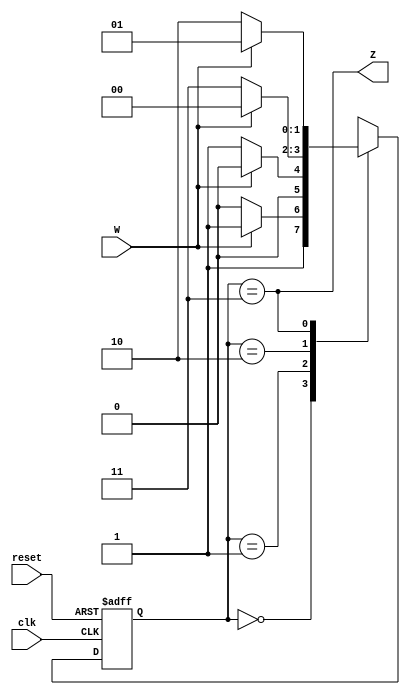
module fsm (
  input clk,
  input reset,
  input W,
  output reg Z
);
  reg [1:0] S_next, S;
  parameter A = 2'b00, B = 2'b01, C = 2'b10, D = 2'b11;

  always @(*) begin
    case (S)
      A: if (W == 0) S_next = C;
         else        S_next = D;

      B: if (W == 0) S_next = B;
         else        S_next = A;

      C: if (W == 0) S_next = D;
         else        S_next = A;

      D: if (W == 0) S_next = C;
         else        S_next = B;

      default:       S_next = 2'bxx;
    endcase
  end

  always @(posedge clk or posedge reset) begin
    if (reset) S <= A;
    else       S <= S_next;
  end

  always @(*) begin
    Z = (S == D);
  end

endmodule